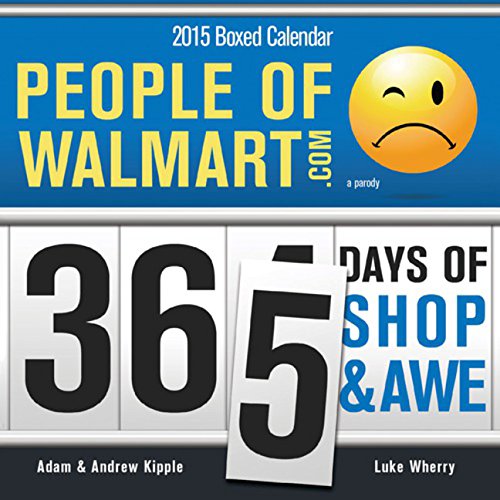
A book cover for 2015 People of Walmart Boxed Calendar: 365 Days of Shop and Awe; Andrew Kipple; Calendars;